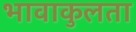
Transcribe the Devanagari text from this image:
भावाकुलता